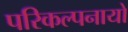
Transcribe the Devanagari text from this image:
परिकल्पनायो